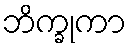
ဘိက္ခုကာ